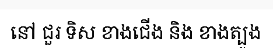
នៅ ជួរ ទិស ខាងជើង និង ខាងត្បូង